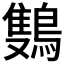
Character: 𬷩